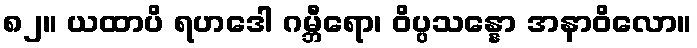
၈၂။ ယထာပိ ရဟဒေါ ဂမ္ဘီရော၊ ဝိပ္ပသန္နော အနာဝိလော။